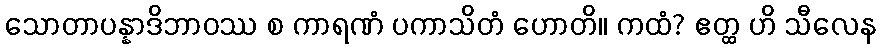
သောတာပန္နာဒိဘာဝဿ စ ကာရဏံ ပကာသိတံ ဟောတိ။ ကထံ? ဧတ္ထ ဟိ သီလေန